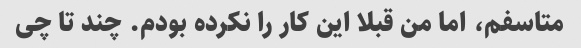
متاسفم، اما من قبلا این کار را نکرده بودم. چند تا چی